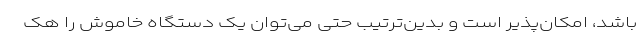
باشد، امکان‌پذیر است و بدین‌ترتیب حتی می‌توان یک دستگاه خاموش را هک